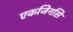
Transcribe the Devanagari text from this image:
एकजिनसि